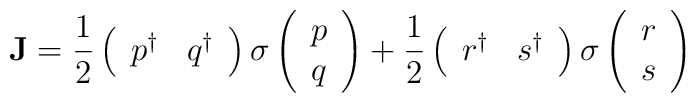
{\bf J}={1\over 2}\left(  \begin{array}{cc} p^\dagger & q^\dagger \end{array}\right){\bf \sigma}\left(\begin{array}{c} p\\q \end{array}\right)+{1\over 2}\left(  \begin{array}{cc} r^\dagger & s^\dagger \end{array}\right){\bf \sigma}\left(\begin{array}{c} r\\s \end{array}\right)